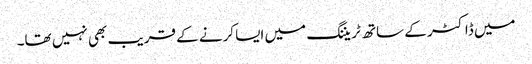
میں ڈاکٹر کے ساتھ ٹریننگ میں ایسا کرنے کے قریب بھی نہیں تھا۔